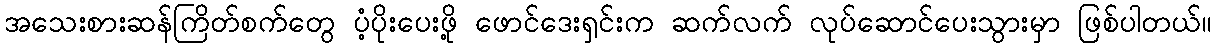
အသေးစားဆန်ကြိတ်စက်တွေ ပံ့ပိုးပေးဖို့ ဖောင်ဒေးရှင်းက ဆက်လက် လုပ်ဆောင်ပေးသွားမှာ ဖြစ်ပါတယ်။